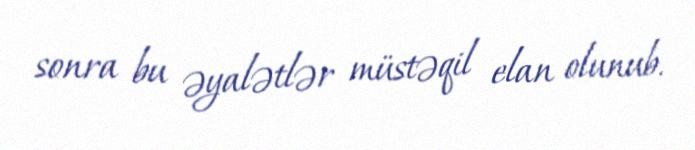
sonra bu əyalətlər müstəqil elan olunub.